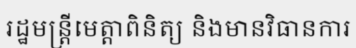
រដ្ឋមន្ត្រីមេត្តាពិនិត្យ និងមានវិធានការ